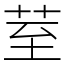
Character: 荎